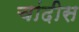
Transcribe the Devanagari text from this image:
चांदीस